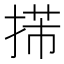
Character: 𢯨